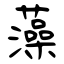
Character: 藻